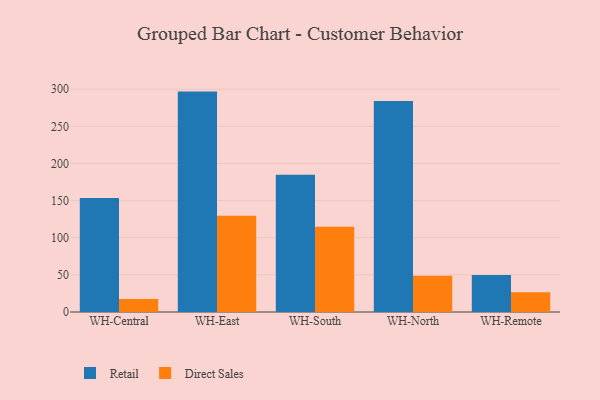
{"axis": {"x": "Warehouse", "y": "Shipments"}, "legend": ["Direct Sales", "Retail"], "data": [{"x": "WH-Central", "y": 153.5, "type": "Retail"}, {"x": "WH-Central", "y": 17.6, "type": "Direct Sales"}, {"x": "WH-East", "y": 296.8, "type": "Retail"}, {"x": "WH-East", "y": 129.5, "type": "Direct Sales"}, {"x": "WH-South", "y": 184.9, "type": "Retail"}, {"x": "WH-South", "y": 114.8, "type": "Direct Sales"}, {"x": "WH-North", "y": 284.1, "type": "Retail"}, {"x": "WH-North", "y": 48.8, "type": "Direct Sales"}, {"x": "WH-Remote", "y": 49.9, "type": "Retail"}, {"x": "WH-Remote", "y": 26.6, "type": "Direct Sales"}]}